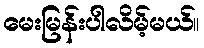
မေးမြန်းပါလိမ့်မယ်။